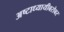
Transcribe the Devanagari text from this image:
अष्टाध्यायीबरोबर